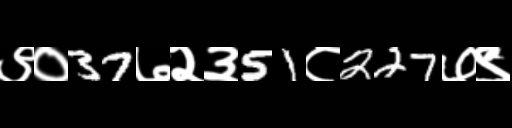
Text: ९०37७२३51८227७९